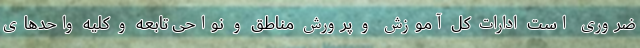
ضروری است ادارات کل آموزش و پرورش مناطق و نواحی تابعه و کلیه واحدهای